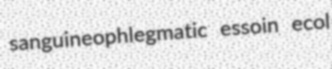
sanguineophlegmatic essoin ecol